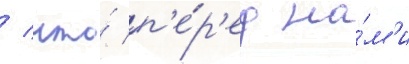
/ что́ п'е́р'ед на́м'и